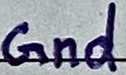
Text: Gnd